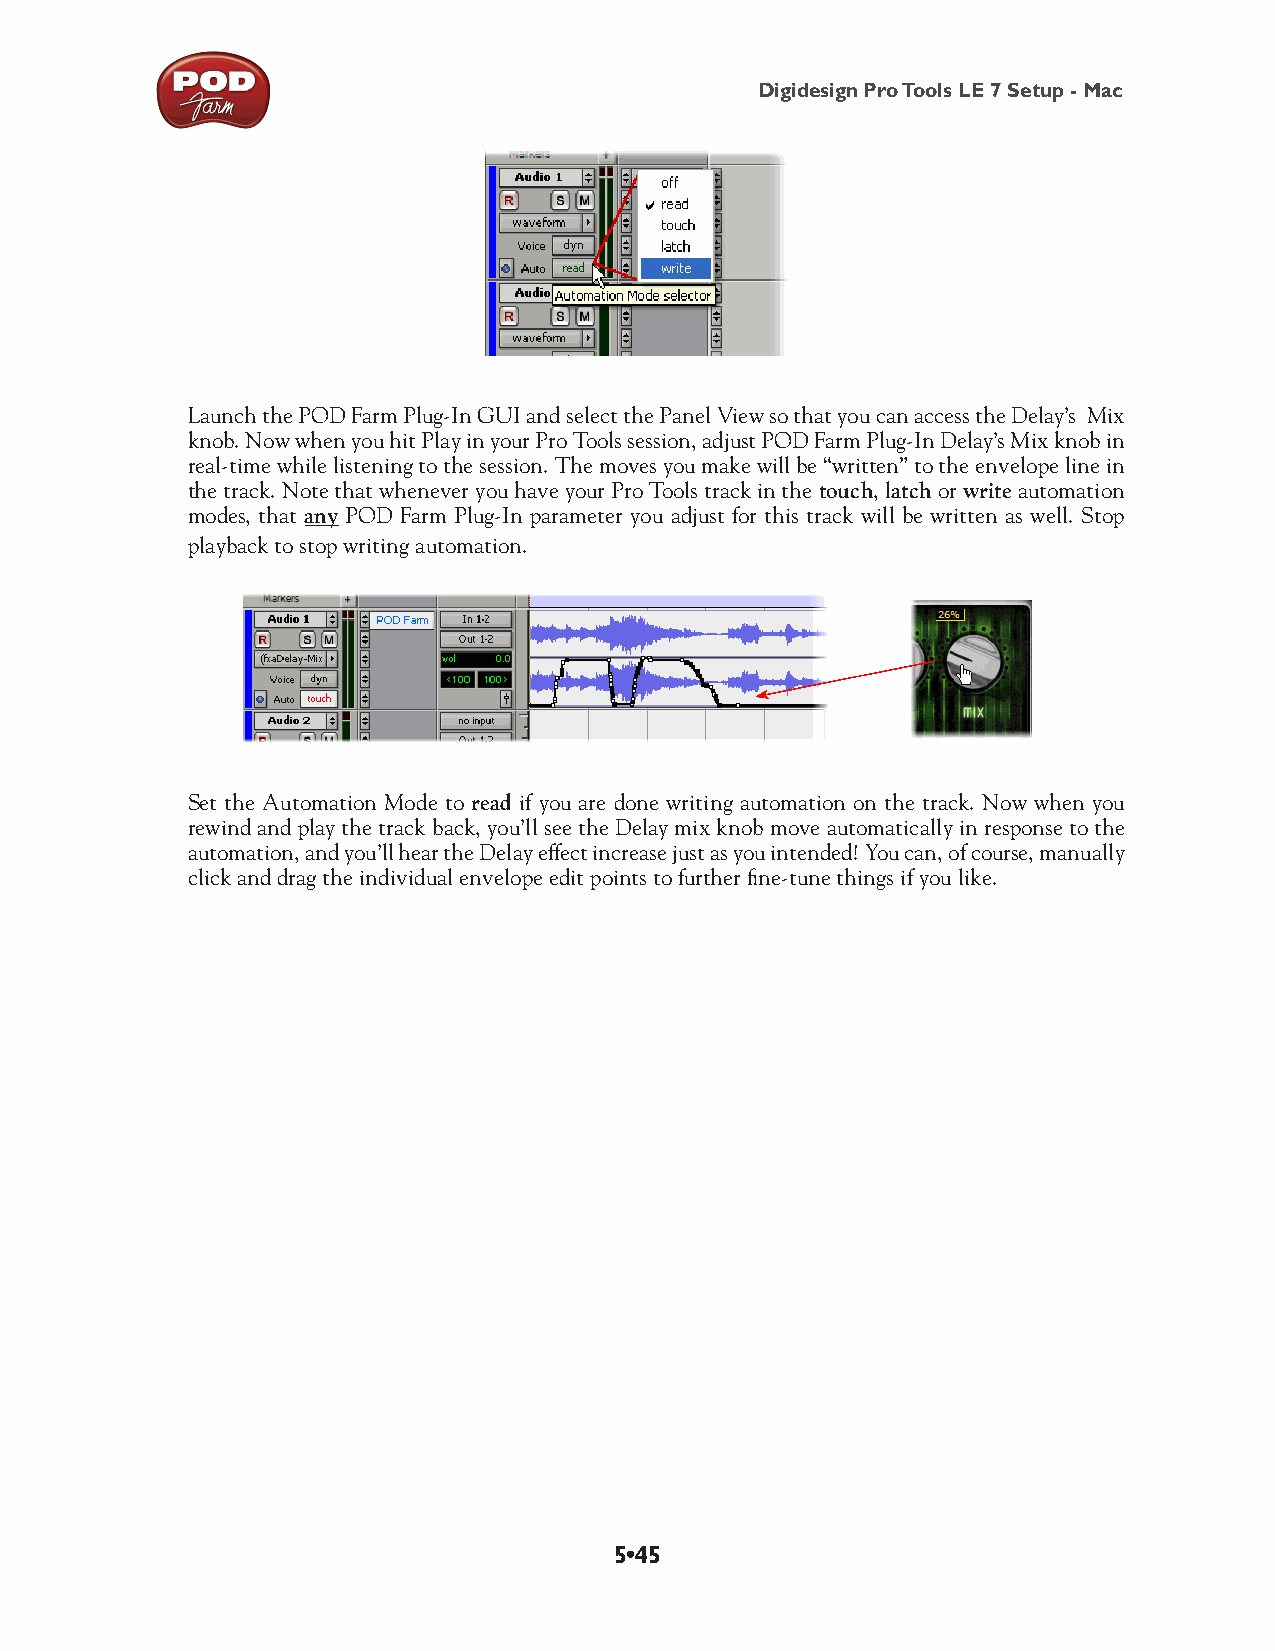
Digidesign Pro Tools LE 7 Setup - Mac
 Launch the POD Farm Plug-In GUI and select the Panel View so that you can access the Delay’s Mix
 knob. Now when you hit Play in your Pro Tools session, adjust POD Farm Plug-In Delay’s Mix knob in
 real-time while listening to the session. The moves you make will be “written” to the envelope line in
 the track. Note that whenever you have your Pro Tools track in the touch, latch or write automation
 modes, that any POD Farm Plug-In parameter you adjust for this track will be written as well. Stop
 playback to stop writing automation.
 Set the Automation Mode to read if you are done writing automation on the track. Now when you
 rewind and play the track back, you’ll see the Delay mix knob move automatically in response to the
 automation, and you’ll hear the Delay effect increase just as you intended! You can, of course, manually
 click and drag the individual envelope edit points to further fine-tune things if you like.
 5•45